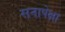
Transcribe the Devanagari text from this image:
सनापेक्षा